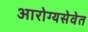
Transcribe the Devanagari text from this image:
आरोग्यसेवेत